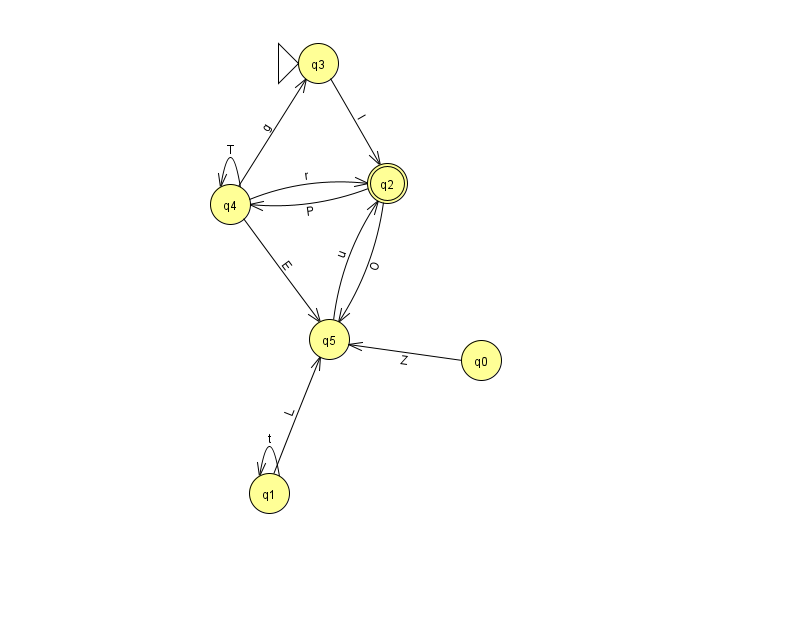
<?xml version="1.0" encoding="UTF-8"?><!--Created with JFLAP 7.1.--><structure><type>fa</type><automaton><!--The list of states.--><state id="0" name="q0"><x>481.0</x><y>347.0</y></state><state id="1" name="q1"><x>269.0</x><y>480.0</y></state><state id="2" name="q2"><x>387.0</x><y>170.0</y><final/></state><state id="3" name="q3"><x>318.0</x><y>50.0</y><initial/></state><state id="4" name="q4"><x>230.0</x><y>191.0</y></state><state id="5" name="q5"><x>329.0</x><y>326.0</y></state><!--The list of transitions.--><transition><from>4</from><to>2</to><read>r</read></transition><transition><from>2</from><to>4</to><read>P</read></transition><transition><from>1</from><to>1</to><read>t</read></transition><transition><from>1</from><to>5</to><read>L</read></transition><transition><from>3</from><to>2</to><read>l</read></transition><transition><from>4</from><to>4</to><read>T</read></transition><transition><from>2</from><to>5</to><read>O</read></transition><transition><from>0</from><to>5</to><read>Z</read></transition><transition><from>4</from><to>3</to><read>g</read></transition><transition><from>5</from><to>2</to><read>u</read></transition><transition><from>4</from><to>5</to><read>E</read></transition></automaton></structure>